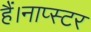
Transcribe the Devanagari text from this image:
हैं।नाप्स्टर